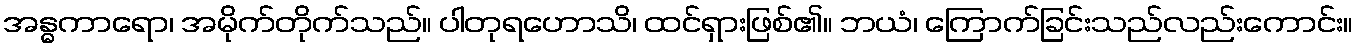
အန္ဓကာရော၊ အမိုက်တိုက်သည်။ ပါတုရဟောသိ၊ ထင်ရှားဖြစ်၏။ ဘယံ၊ ကြောက်ခြင်းသည်လည်းကောင်း။